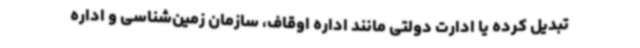
تبدیل کرده یا ادارت دولتی مانند اداره اوقاف، سازمان زمین‌شناسی و اداره